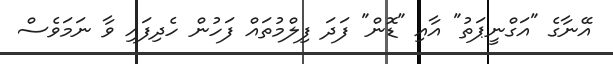
އޭނާގެ "އަގްނީޕަތު" އާއި "ޑޮން" ފަދަ ފިލްމުތައް ފަހުން ހެދިފައި ވާ ނަމަވެސް